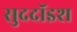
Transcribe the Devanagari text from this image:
सुददॉइश